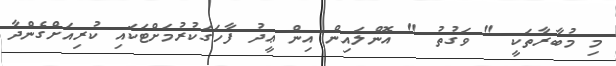
މި މުބާރާތަކީ " ވަގުތު " އޮންލައިން އިން ޢީދު ފާހަގަކުރުމަށްޓަކައި ކުރިއަށްގެންދާ